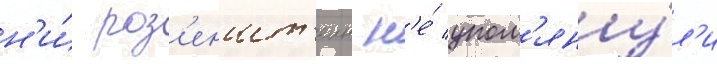
н'и́ роз'еншт'еин н'е́ упом'яну́л'и